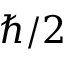
\hbar / 2